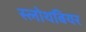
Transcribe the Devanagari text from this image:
स्लोथबियर